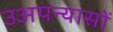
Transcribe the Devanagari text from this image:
उअपन्यासों